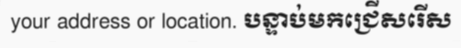
your address or location. បន្ទាប់មកជ្រើសរើស